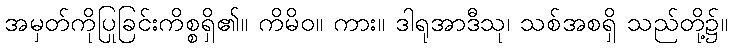
အမှတ်ကိုပြုခြင်းကိစ္စရှိ၏။ ကိမိဝ။ ကား။ ဒါရုအာဒီသု၊ သစ်အစရှိ သည်တို့၌။